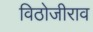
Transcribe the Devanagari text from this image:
विठोजीराव